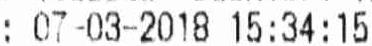
: 07-03-2018 15:34:15